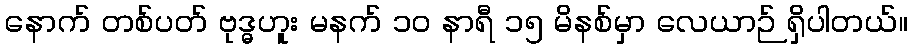
နောက် တစ်ပတ် ဗုဒ္ဓဟူး မနက် ၁၀ နာရီ ၁၅ မိနစ်မှာ လေယာဉ် ရှိပါတယ်။